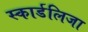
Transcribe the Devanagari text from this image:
स्कार्डलिजा